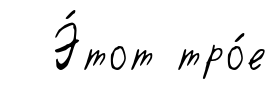
Э́тот тро́е